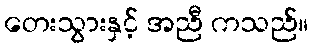
တေးသွားနှင့် အညီ ကသည်။